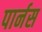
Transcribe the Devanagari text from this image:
पार्नस